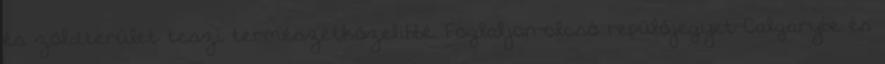
és zöldterület teszi természetközelibbé. Foglaljon olcsó repülőjegyet Calgarybe és